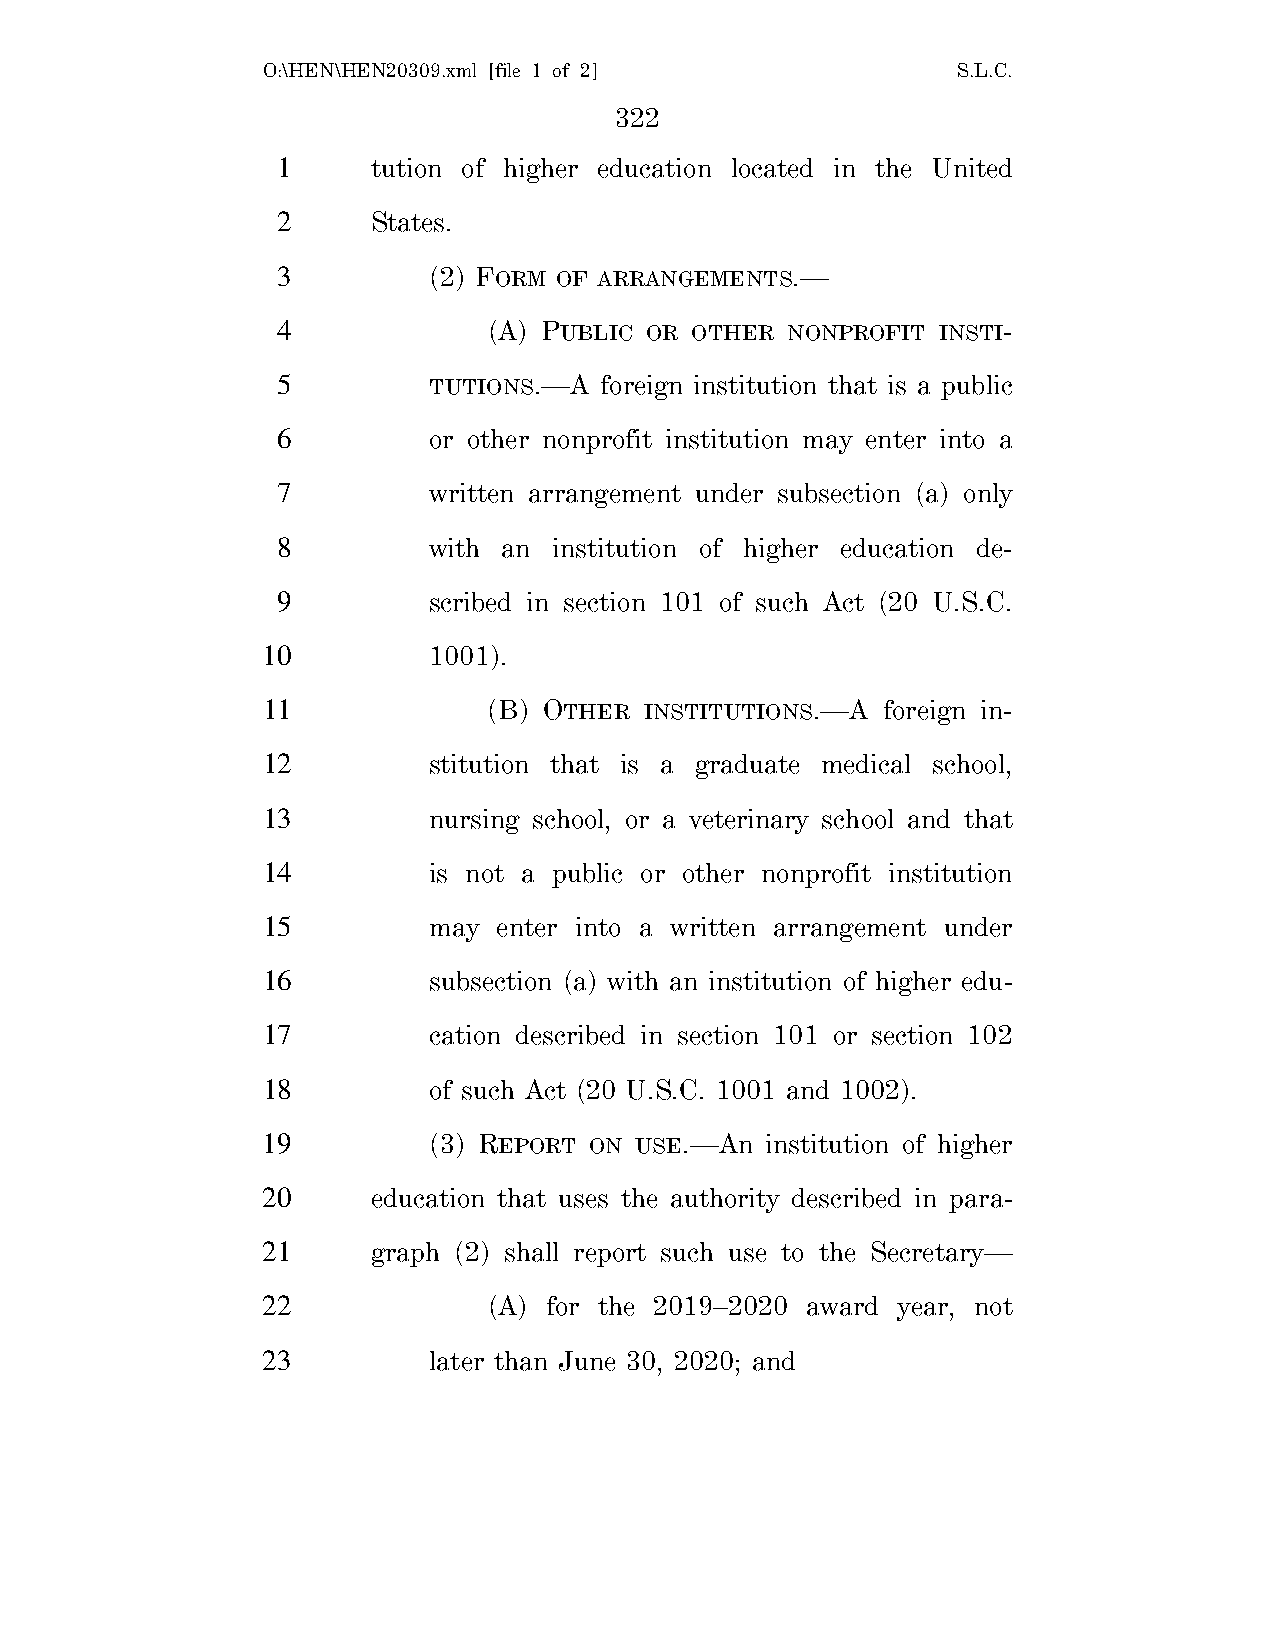
O:\HEN\HEN20309.xml [file 1 of 2]             S.L.C.
 322
 1      tution of higher education located in the United
 2      States.
 3         (2) FORM OF ARRANGEMENTS.—
 4             (A) PUBLIC OR OTHER NONPROFIT INSTI-
 5         TUTIONS.—A  foreign institution that is a public
 6         or other nonprofit institution may enter into a
 7         written arrangement under subsection (a) only
 8         with an  institution of higher education de-
 9         scribed in section 101 of such Act (20 U.S.C.
 10         1001).
 11             (B) OTHER  INSTITUTIONS.—A foreign in-
 12         stitution that is a graduate medical school,
 13         nursing school, or a veterinary school and that
 14         is not a public or other nonprofit institution
 15         may  enter into a written arrangement under
 16         subsection (a) with an institution of higher edu-
 17         cation described in section 101 or section 102
 18         of such Act (20 U.S.C. 1001 and 1002).
 19         (3) REPORT ON USE.—An  institution of higher
 20      education that uses the authority described in para-
 21      graph (2) shall report such use to the Secretary—
 22             (A) for the 2019–2020 award year, not
 23         later than June 30, 2020; and